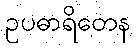
ဥပဓာရိတေန